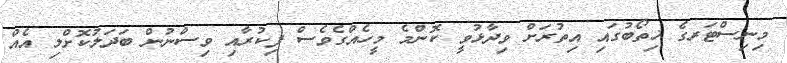
މިނިސްޓަރގެ ޚިތޯބުގައި އިތުރަށް ވިދާޅުވީ ކޮންމެ މީހެއްގެވެސް ފިކުރާއި ވިސްނުން ބަދަލުކޮށްލި އެއް